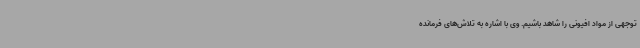
توجهی از مواد افیونی را شاهد باشیم. وی با اشاره به تلاش‌های فرمانده